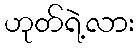
ဟုတ်ရဲ့လား